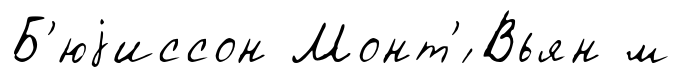
Б'юjиссон Монт'́ Вьян м